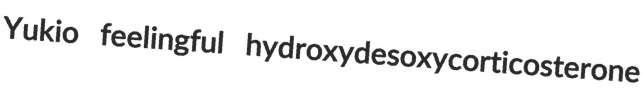
Yukio feelingful hydroxydesoxycorticosterone